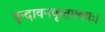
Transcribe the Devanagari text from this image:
वृन्दावनकृतालयः।